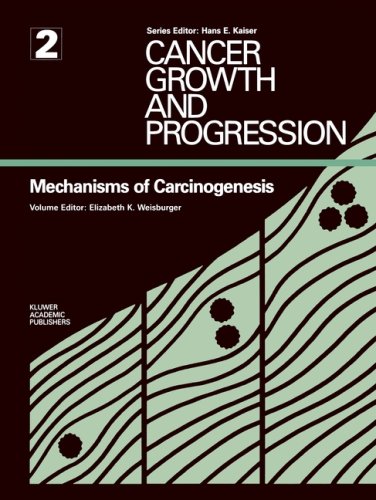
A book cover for Mechanisms of Carcinogenesis (Cancer Growth and Progression); Medical Books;